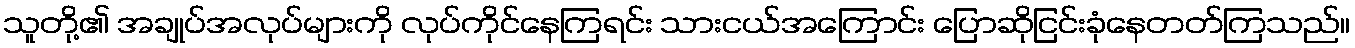
သူတို့၏ အချုပ်အလုပ်များကို လုပ်ကိုင်နေကြရင်း သားငယ်အကြောင်း ပြောဆိုငြင်းခုံနေတတ်ကြသည်။